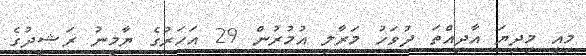
މިއީ މިދިޔަ އާދިއްތަ ދުވަހު މަރާލި އުމުރުން 29 އަހަރުގެ ޔާމީނު ރަޝީދުގެ